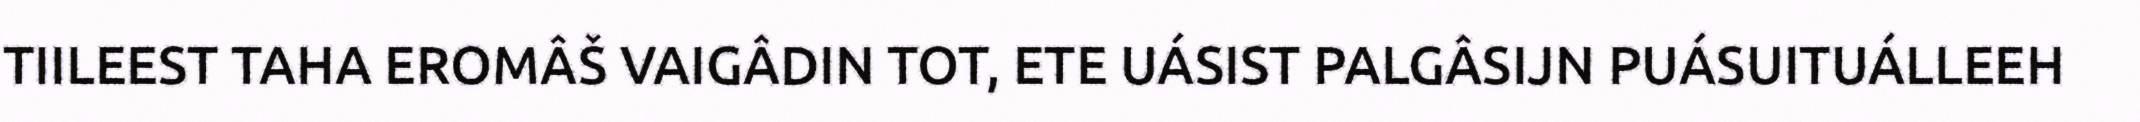
TIILEEST TAHA EROMÂŠ VAIGÂDIN TOT, ETE UÁSIST PALGÂSIJN PUÁSUITUÁLLEEH